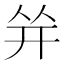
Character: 𰏤